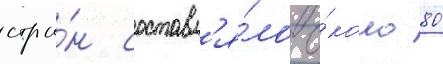
стра́н составл'я́ло о́коло 80